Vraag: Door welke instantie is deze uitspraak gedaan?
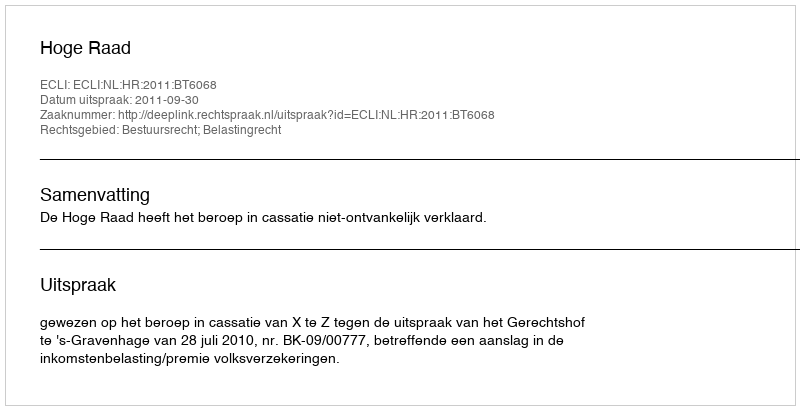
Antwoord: Hoge Raad